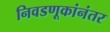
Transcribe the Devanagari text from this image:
निवडणूकांनंतर